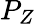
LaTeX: P_{Z}